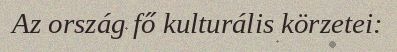
Az ország fő kulturális körzetei: